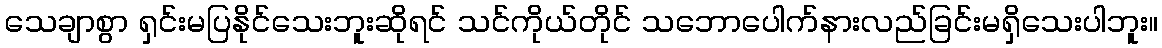
သေချာစွာ ရှင်းမပြနိုင်သေးဘူးဆိုရင် သင်ကိုယ်တိုင် သဘောပေါက်နားလည်ခြင်းမရှိသေးပါဘူး။